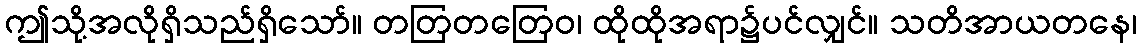
ဤသို့အလိုရှိသည်ရှိသော်။ တတြတတြေဝ၊ ထိုထိုအရာ၌ပင်လျှင်။ သတိအာယတနေ၊